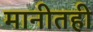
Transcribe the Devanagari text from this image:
मानीतही